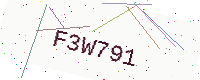
Text: F3W791